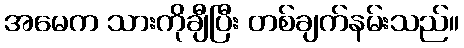
အမေက သားကိုချီပြီး တစ်ချက်နမ်းသည်။